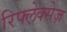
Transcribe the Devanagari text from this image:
रिफ्ल़ेक्सेज़